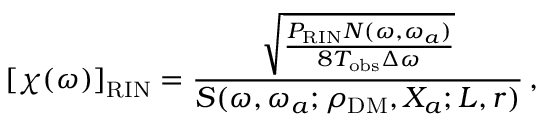
\left[ \chi ( \omega ) \right] _ { \mathrm { R I N } } = \frac { \sqrt { \frac { P _ { \mathrm { R I N } } N ( \omega , \omega _ { a } ) } { 8 T _ { \mathrm { o b s } } \Delta \omega } } } { S ( \omega , \omega _ { a } ; \rho _ { \mathrm { D M } } , X _ { a } ; L , r ) } \, ,